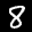
Label: 8